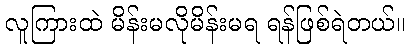
လူကြားထဲ မိန်းမလိုမိန်းမရ ရန်ဖြစ်ရဲတယ်။